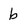
Character: b